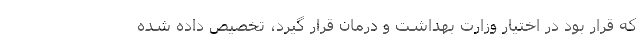
که قرار بود در اختیار وزارت بهداشت و درمان قرار گیرد، تخصیص داده شده